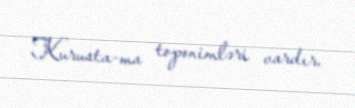
Kurusta-ma toponimləri vardır.